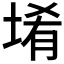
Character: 𱗅